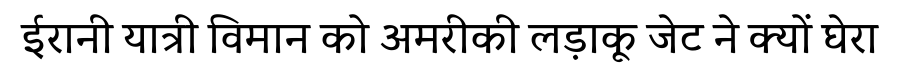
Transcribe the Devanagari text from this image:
ईरानी यात्री विमान को अमरीकी लड़ाकू जेट ने क्यों घेरा